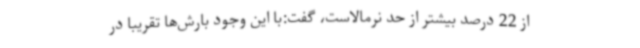
از 22 درصد بیشتر از حد نرمالاست، گفت:با این وجود بارش‌ها تقریبا در